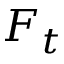
F _ { t }